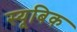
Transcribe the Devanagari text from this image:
स्यूबिक